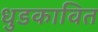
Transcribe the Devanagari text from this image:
धुडकावित